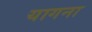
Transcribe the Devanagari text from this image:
यागना